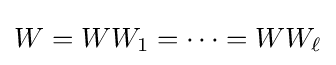
W=WW_{1}=\cdots =WW_{\ell }